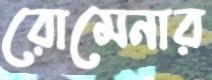
রোমেনার